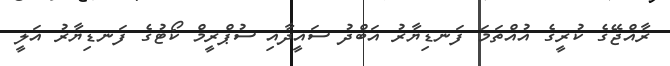
ރާއްޖޭގެ ކުރީގެ އުއްތަމަ ފަނޑިޔާރު އަބްދު ސައީދާއި ސުޕްރީމް ކޯޓުގެ ފަނޑިޔާރު އަލީ